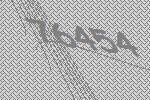
76454